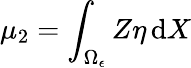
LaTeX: \mu_{2}=\int_{\Omega_{\epsilon}}Z\eta\, \mathrm{d}X